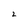
Character: 2